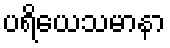
ပရိယေသမာနာ